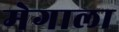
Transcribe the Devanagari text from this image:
मेगाला